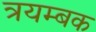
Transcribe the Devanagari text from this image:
त्रयम्बक